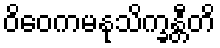
ဝိဝေကမနုသိက္ခန္တီတိ